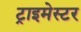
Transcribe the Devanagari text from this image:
ट्राइमेस्टर